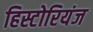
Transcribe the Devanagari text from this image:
हिस्टोरियंज